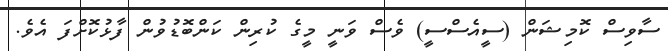
ސާވިސް ކޮމިޝަން (ސީއެސްސީ) ވެސް ވަނީ މީގެ ކުރިން ކަންބޮޑުވުން ފާޅުކޮށްފަ އެވެ.